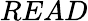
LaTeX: READ